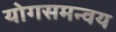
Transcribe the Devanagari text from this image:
योगसमन्वय